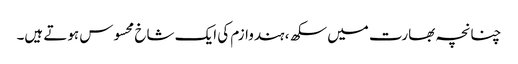
چنانچہ بھارت میں سکھ، ہندوازم کی ایک شاخ محسوس ہوتے ہیں۔